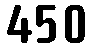
450